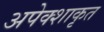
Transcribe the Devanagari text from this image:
अपेक्शाकृत